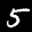
Label: 5